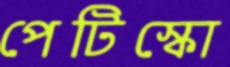
পেটিস্কো